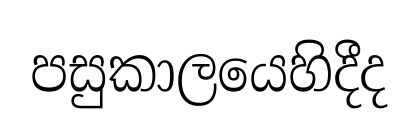
පසුකාලයෙහිදීද